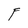
Character: F